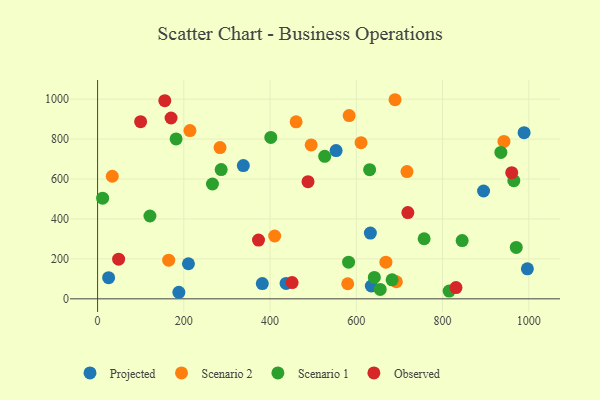
{"axis": {"x": "Speed", "y": "Exam Score"}, "legend": ["Observed", "Projected", "Scenario 1", "Scenario 2"], "data": [{"x": "25.6", "y": 106.0, "type": "Projected"}, {"x": "338.0", "y": 667.3, "type": "Projected"}, {"x": "895.1", "y": 539.9, "type": "Projected"}, {"x": "382.0", "y": 76.4, "type": "Projected"}, {"x": "210.7", "y": 175.7, "type": "Projected"}, {"x": "553.1", "y": 742.2, "type": "Projected"}, {"x": "989.1", "y": 832.2, "type": "Projected"}, {"x": "632.6", "y": 329.4, "type": "Projected"}, {"x": "634.8", "y": 64.3, "type": "Projected"}, {"x": "437.1", "y": 76.9, "type": "Projected"}, {"x": "996.7", "y": 150.3, "type": "Projected"}, {"x": "188.5", "y": 32.8, "type": "Projected"}, {"x": "717.5", "y": 637.3, "type": "Scenario 2"}, {"x": "689.8", "y": 997.0, "type": "Scenario 2"}, {"x": "214.2", "y": 842.7, "type": "Scenario 2"}, {"x": "583.4", "y": 917.5, "type": "Scenario 2"}, {"x": "284.0", "y": 757.3, "type": "Scenario 2"}, {"x": "164.9", "y": 193.4, "type": "Scenario 2"}, {"x": "942.4", "y": 788.4, "type": "Scenario 2"}, {"x": "410.7", "y": 314.7, "type": "Scenario 2"}, {"x": "692.9", "y": 85.5, "type": "Scenario 2"}, {"x": "460.4", "y": 886.4, "type": "Scenario 2"}, {"x": "580.1", "y": 75.5, "type": "Scenario 2"}, {"x": "668.6", "y": 183.6, "type": "Scenario 2"}, {"x": "611.0", "y": 781.9, "type": "Scenario 2"}, {"x": "34.1", "y": 613.8, "type": "Scenario 2"}, {"x": "495.3", "y": 770.6, "type": "Scenario 2"}, {"x": "845.5", "y": 291.9, "type": "Scenario 1"}, {"x": "630.9", "y": 646.5, "type": "Scenario 1"}, {"x": "965.3", "y": 591.5, "type": "Scenario 1"}, {"x": "683.0", "y": 95.3, "type": "Scenario 1"}, {"x": "121.4", "y": 414.7, "type": "Scenario 1"}, {"x": "286.6", "y": 647.4, "type": "Scenario 1"}, {"x": "970.9", "y": 257.6, "type": "Scenario 1"}, {"x": "526.7", "y": 713.7, "type": "Scenario 1"}, {"x": "815.3", "y": 39.0, "type": "Scenario 1"}, {"x": "935.2", "y": 733.1, "type": "Scenario 1"}, {"x": "582.1", "y": 183.7, "type": "Scenario 1"}, {"x": "641.8", "y": 107.4, "type": "Scenario 1"}, {"x": "182.1", "y": 800.9, "type": "Scenario 1"}, {"x": "266.4", "y": 574.9, "type": "Scenario 1"}, {"x": "757.3", "y": 300.8, "type": "Scenario 1"}, {"x": "655.4", "y": 47.0, "type": "Scenario 1"}, {"x": "401.7", "y": 808.3, "type": "Scenario 1"}, {"x": "11.7", "y": 503.9, "type": "Scenario 1"}, {"x": "373.2", "y": 294.2, "type": "Observed"}, {"x": "170.4", "y": 905.6, "type": "Observed"}, {"x": "488.0", "y": 586.4, "type": "Observed"}, {"x": "99.8", "y": 887.0, "type": "Observed"}, {"x": "960.4", "y": 631.8, "type": "Observed"}, {"x": "451.1", "y": 81.5, "type": "Observed"}, {"x": "155.9", "y": 992.4, "type": "Observed"}, {"x": "719.5", "y": 432.0, "type": "Observed"}, {"x": "831.1", "y": 56.2, "type": "Observed"}, {"x": "48.8", "y": 198.4, "type": "Observed"}]}